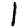
Digit: 1